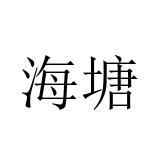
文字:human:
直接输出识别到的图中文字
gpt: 海塘